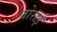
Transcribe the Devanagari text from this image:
तोराई